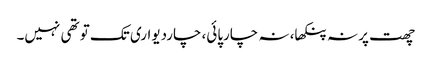
چھت پر نہ پنکھا، نہ چارپائی، چاردیواری تک تو تھی نہیں۔